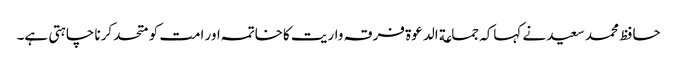
حافظ محمد سعید نے کہاکہ جماعة الدعوة فرقہ واریت کاخاتمہ اور امت کو متحد کرنا چاہتی ہے۔